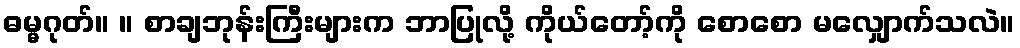
ဓမ္မဂုတ်။ ။ စာချဘုန်းကြီးများက ဘာပြုလို့ ကိုယ်တော့်ကို စောစော မလျှောက်သလဲ။